Report on vaccination in the Province of Bengal - 1874-1889
Year: 1874
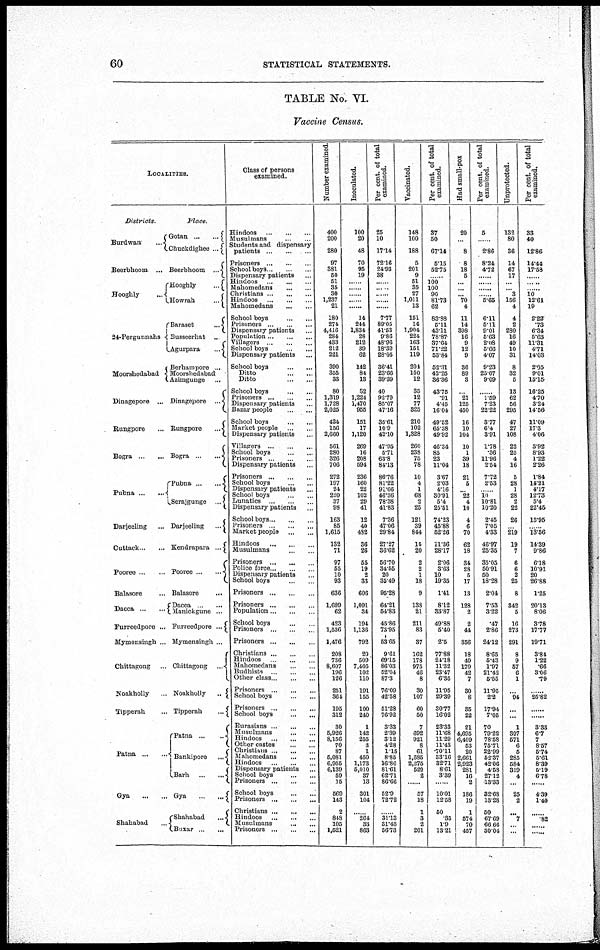
60
STATISTICAL STATEMENTS.
TABLE No. VI.
Vaccine Census.
LOCALITIES.
Districts.
Burdwan
...
Beerbhoom ...
Hooghly ...
24-Pergunnahs
Moorshedabad
Dinagepore ...
Rungpore ...
Bogra ... ...
Pubna ... ...
Darjeeling ...
Cuttack ... ...
Pooree ... ...
Balasore ...
Dacca ... ...
Furreedpore ...
Mymensingh ...
Chittagong ..
Noakholly ...
Tipperah ...
Patna ... ...
Gya
...
...
Shahabad ...
Place.
Gotan ... ...
Chuckdighee ...
Beerbhoom
...
Hooghly
...
Howrah
...
Baraset
...
Busseerhat ...
Agurpara
...
Berhampore ...
Moorshedabad ...
Azimgunge ...
Dinagepore
...
Rungpore
...
Bogra
...
...
Pubna
...
...
Serajgunge ...
Darjeeling
...
Kendrapara ...
Pooree ... ...
Balasore
...
Dacca ... ...
Manickgune ...
Furreedpore ...
Mymensingh ...
Chittagong ...
Noakholly ... ...
Tipperah ... ...
Patna
...
...
Bankipore
...
Barh
...
...
Gya
...
...
Shahabad ...
Buxar ... ...
Class of persons
examined.
Hindoos
...
...
...
Musulmans ... ...
Students and dispensary
patients ... ... ...
Prisoners ... ... ...
School boys ... ... ...
Dispensary patients ...
Hindoos
...
...
...
Mahomedans
...
...
Christians ... ... ...
Hindoos ... ... ...
Mahomedans
...
...
School boys
...
...
Prisoners ... ... ...
Dispensary patients ...
Population ... ... ...
Villagers
...
...
...
School boys ... ...
Dispensary patients ...
School boys
...
...
Ditto
...
...
Ditto
...
...
School boys
...
...
Prisoners ... ... ...
Dispensary patients ...
Bazar people
...
...
School boys
...
...
Market people ... ...
Dispensary patients ...
Villagers ... ... ...
School boys
...
...
Prisoners ... ... ...
Dispensary patients ...
Prisoners ... ... ...
School boys ... ...
Dispensary patients ...
School boys ... ...
Lunatics ... ... ...
Dispensary patients ...
Schoolboys ... ... ...
Prisoners ... ... ...
Market people
...
...
Hindoos
...
...
...
Musulmans
...
...
Prisoners ... ... ...
Police force ... ... ...
Dispensary patients ...
School boys
...
...
Prisoners ... ... ...
Prisoners ... ... ...
Population ... ... ...
School boys
...
...
Prisoners ... ...
Prisoners
...
...
Christians ... ... ...
Hindoos
...
...
...
Mahomedans ... ...
Budhists
...
...
...
Other class ... ... ...
Prisoners ... ... ...
School boys
...
...
Prisoners ... ... ...
School boys ......
Eurasians ... ... ...
Musulmans ... ... ...
Hindoos
...
...
...
Other castes
...
...
Christians ... ... ...
Mahomedans
...
...
Hindoos
...
...
...
Dispensary patients ...
School boys
...
...
Prisoners ... ... ...
School boys
...
...
Prisoners ... ... ...
Christians ... ... ...
Hindoos
...
...
...
Musulmans
...
...
Prisoners ... ... ...
Number examined.
400
200
280
97
381
50
51
35
30
1,237
21
180
274
4,416
284
433
212
221
390
355
33
80
1,319
1,728
2,025
424
156
2,660
561
280
326
706
272
197
24
220
37
98
163
85
1,615
132
71
97
55
10
93
636
1,699
62
423
1,536
1,476
208
736
8,607
196
126
251
364
195
312
30
5,926
8,156
70
87
5,081
6,955
6,139
59
15
569
143
2
848
105
1,521
Inoculated.
100
20
48
70
95
19
......
......
......
......
......
14
244
1,834
28
212
39
62
142
84
13
32
1,224
1,470
955
151
17
1,120
269
16
208
594
236
160
22
102
29
41
12
40
482
36
26
55
19
2
33
606
1,091
34
194
1,136
792
20
509
7,405
102
110
191
155
100
240
1
142
255
3
1
450
1,173
5,010
37
13
301
104
......
264
33
863
Per cent. of total
examined.
25
10
17.14
72.16
24.93
38
......
......
......
......
......
7.77
89.05
41.53
9.86
48.96
18.39
28.05
36.41
23.66
39.39
40
92.79
85.07
47.16
35.61
10.9
42.10
47.95
5.71
63.8
84.13
86.76
81.22
91.66
46.36
78.38
41.83
7.36
47.06
29.84
27.27
36.62
56.70
34.55
20
35.49
95.28
64.21
54.83
45.86
73.95
53.65
9.61
69.15
86.03
52.04
87.3
76.09
42.58
51.28
76.92
3.33
2.39
3.12
4.28
1.15
8.85
16.86
81.61
62.71
86.66
52.9
72.72
......
31.13
31.43
56.73
Vaccinated.
148
100
188
5
201
9
51
35
27
1,011
13
151
14
1,904
224
163
151
119
201
150
12
35
12
77
325
210
102
1,328
260
238
75
78
10
4
1
68
2
25
121
39
844
15
20
2
2
1
18
9
138
21
211
83
37
162
178
975
46
8
30
107
60
50
7
692
921
8
61
1,685
2,275
529
2
......
57
18
1
3
2
201
Per cent. of total
examined.
37
50
67.14
5.15
52.75
... 100
100
90
81.73
62
83.88
5.11
43.11
78.87
37.64
71.22
53.84
52.31
42.25
36.36
43.75
.91
4.45
16.04
49.52
65.38
49.92
46.34
85
23
11.04
3.67
2.03
4.16
30.91
5.4
25.51
74.23
45.88
52.26
11.36
28.17
2.06
3.63
10
19.35
1.41
8.12
33.87
49.88
5.40
2.5
77.88
24.18
11.32
23.47
6.35
11.95
29.39
30.77
16.02
23.33
11.68
11.29
11.43
70.11
33.16
32.71
8.61
3.39
......
10.01
12.58
50
.35
1.9
13.21
Had small-pox
20
...
8
8
18
5
...
...
... 70
4
11
14
398
16
9
12
9
36
89
3
...
21
125
450
16
10
104
10
1
39
18
21
5
... 22
4
10
4
6
70
62
18
34
28
5
17
13
128
2
2
44
356
18
40
170
42
7
30
8
35
22
21
4,695
6,409
53
20
2,661
2,923
281
16
2
186
19
1
574
70
457
Per cent. of total
examined.
5
......
2.86
8.24
4.72
......
......
......
...... 5.65
...
6.11
5.11
9.01
5.63
2.08
5.66
4.07
9.23
25.07
9.09
...
1.59
7.23
22.22
3.77
6.4
3.91
1.78
.36
11.96
2.54
7.72
2.53
... 10
10.81
10.20
2.45
7.05
4.33
46.97
25.35
35.05
50.91
50
18.28
2.04
7.53
3.22
.47
2.86
24.12
8.65
5.43
1.97
21.42
5.55
11.95
2.2
17.94
7.05
70
79.22
78.58
75.71
22.99
52.37
42.06
4.58
27.12
13.33
32.68
13.28
50
67.69
66.66
30.04
Unprotected.
132
80
36
14
67
17
...
... 3
156
4
4
2
280
16
49
10
31
8
32
5
13
62
56
295
47
27
108
22
25
4
16
5
28
1
28
2
22
26
... 219
19
7
6
6
2
25
8
842
5
16
273
291
8
9
57
6
1
...
94
...
...
1
397
571
6
5
285
584
319
4
......
25
2
......
7
......
...
Per cent. of total
examined.
33
40
12.86
14.44
17.58
......
......
... 10
12.61
19
2.22
.73
6.34
5.63
11.31
4.71
14.03
2.05
9.01
15.15
16.25
4.70
3.24
14.56
11.09
17.3
4.06
3.92
8.93
1.22
2.26
1.84
14.21
4.17
12.73
5.4
22.45
15.95
... 13.56
14.39
9.86
6.18
10.91
20
26.88
1.25
20.13
8.06
3.78
17.77
19.71
3.84
1.22
.66
3.06
.79
......
25.82
......
......
3.33
6.7
7
8.57
5.74
5.61
8.39
5.19
6.78
......
4.39
1.40
......
.82
......
......